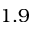
1 . 9